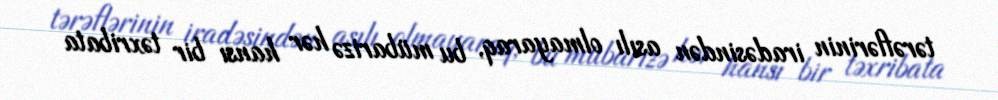
tərəflərinin iradəsindən asılı olmayaraq, bu mübarizə hər hansı bir təxribata